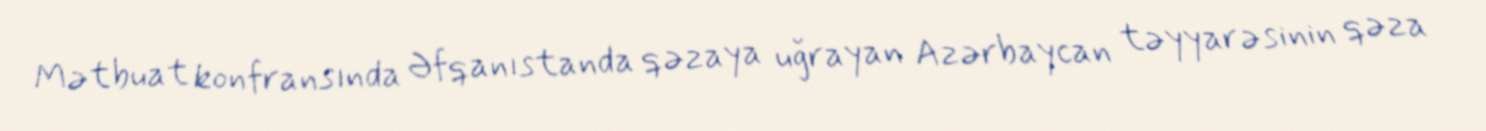
Mətbuat konfransında Əfqanıstanda qəzaya uğrayan Azərbaycan təyyarəsinin qəza